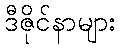
ဒီဇိုင်နာများ